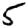
Digit: 5